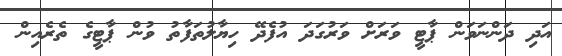
އަދި ދަންނަވަން ޕާޓީ ވަރަށް ވަރުގަދަ އުފެދޭ ހިޔާލުތަފާތު ވުން ޕާޓީގެ ތެރެއިން